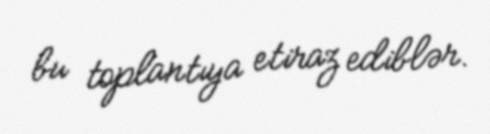
bu toplantıya etiraz ediblər.